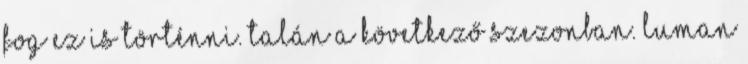
fog ez is történni. talán a következő szezonban. luman